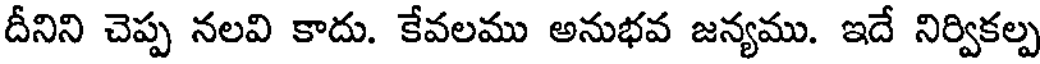
దీనిని చెప్ప నలవి కాదు. కేవలము అనుభవ జన్యము. ఇదే నిర్వికల్ప